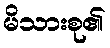
မိသားစု၏